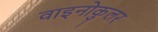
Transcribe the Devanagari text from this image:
वाइनोकुलर